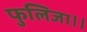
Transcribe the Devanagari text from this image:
फुलिजा।।